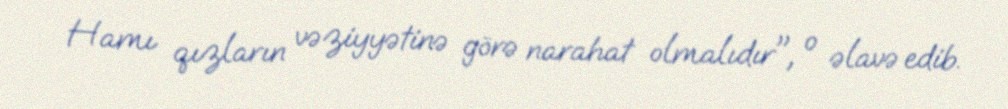
Hamı qızların vəziyyətinə görə narahat olmalıdır", o əlavə edib.